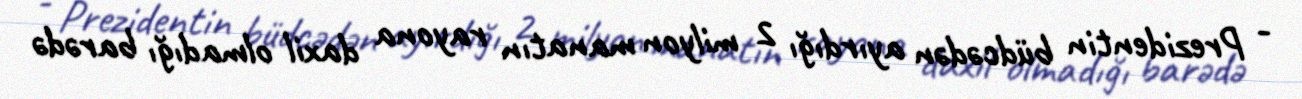
- Prezidentin büdcədən ayırdığı 2 milyon manatın rayona daxil olmadığı barədə